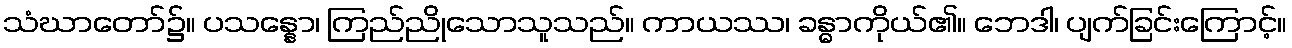
သံဃာတော်၌။ ပသန္နော၊ ကြည်ညိုသောသူသည်။ ကာယဿ၊ ခန္ဓာကိုယ်၏။ ဘေဒါ၊ ပျက်ခြင်းကြောင့်။